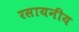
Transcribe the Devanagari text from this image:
रसायनीय